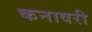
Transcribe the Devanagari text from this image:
कनावरी